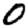
Digit: 0